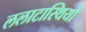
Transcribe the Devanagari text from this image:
ललाटास्थियों